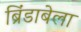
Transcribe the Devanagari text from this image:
ब्रिंडाबेला